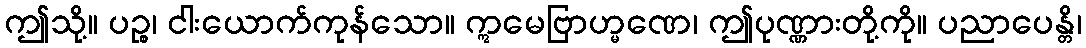
ဤသို့။ ပဉ္စ၊ ငါးယောက်ကုန်သော။ ဣမေဗြာဟ္မဏေ၊ ဤပုဏ္ဏားတို့ကို။ ပညာပေန္တိ၊